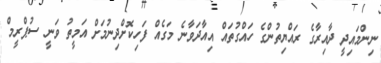
ނިންމައިދީ ދާއިރާގެ ރައްޔިތުންގެ ހައްގުތައް އިއާދަވާނެ މަގެއް ފަހިކޮށްދިނުމަށް އަމީތު ވަނީ ސުޕްރީމް